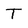
Character: T